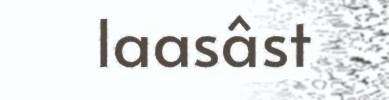
laasâst